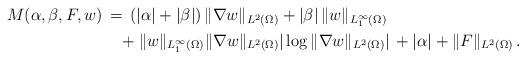
LaTeX: \begin{align*}M (\alpha,\beta,F, w) & \, = \, ( |\alpha| +|\beta| ) \, \| \nabla w\|_{L^2 (\Omega)} + |\beta |\, \| w\|_{L^\infty_{1} (\Omega)} \\& ~~~ + \| w\|_{L^\infty_{1}(\Omega)} \| \nabla w\|_{L^2 (\Omega)} |\log \| \nabla w \|_{L^2 (\Omega)}| \, + |\alpha| + \| F \|_{L^2 (\Omega)} \,.\end{align*}